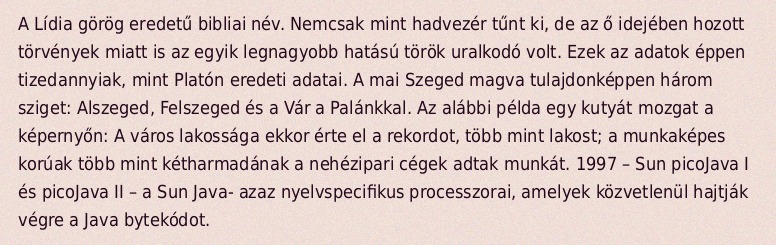
A Lídia görög eredetű bibliai név. Nemcsak mint hadvezér tűnt ki, de az ő idejében hozott törvények miatt is az egyik legnagyobb hatású török uralkodó volt. Ezek az adatok éppen tizedannyiak, mint Platón eredeti adatai. A mai Szeged magva tulajdonképpen három sziget: Alszeged, Felszeged és a Vár a Palánkkal. Az alábbi példa egy kutyát mozgat a képernyőn: A város lakossága ekkor érte el a rekordot, több mint lakost; a munkaképes korúak több mint kétharmadának a nehézipari cégek adtak munkát. 1997 – Sun picoJava I és picoJava II – a Sun Java- azaz nyelvspecifikus processzorai, amelyek közvetlenül hajtják végre a Java bytekódot.